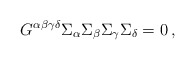
\begin{align*}G^{\alpha\beta\gamma\delta}\Sigma_\alpha\Sigma_\beta\Sigma_\gamma\Sigma_\delta=0 \, , \end{align*}